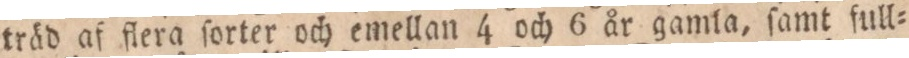
träd af flera ſorter och emellan 4 och 6 år gamla, ſamt full=